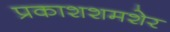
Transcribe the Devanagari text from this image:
प्रकाशशमशेर